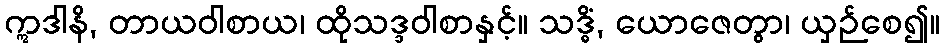
ဣဒါနိ, တာယဝါစာယ၊ ထိုသဒ္ဒဝါစာနှင့်။ သဒ္ဓိံ, ယောဇေတွာ၊ ယှဉ်စေ၍။